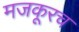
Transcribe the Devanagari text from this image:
मजकूरच